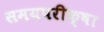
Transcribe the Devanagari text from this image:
समयपरीक्षा